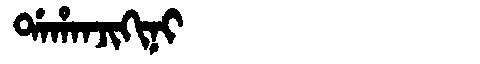
Manchu: ᡩᠠᡥᠠᠨᠵᡳᡴᡳᠨᡳ
Romanization: DAHANJIKINI